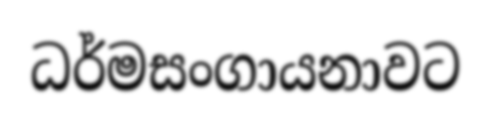
ධර්මසංගායනාවට